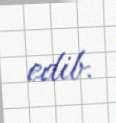
edib.